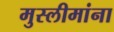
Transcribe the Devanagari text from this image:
मुस्लीमांना